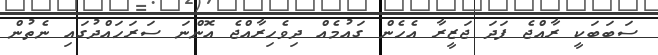
ސަބަބަކީ ރާއްޖެ ފަދަ ޖަޒީރާ އެހެން ގައުމެއް ދިވެހިރާއްޖެ އޮންނަ ސަރަހައްދުގައި ނެތުން